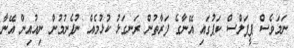
ނަމަވެސް ޕީޕަލްސް ކަޕުގައި އޭނާގެ ފަރާތުން ރަނގަޅު ކުޅުމެއް ނުފެނުމުން ނިއުއިން އޭނާ